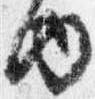
内